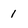
Character: 1